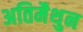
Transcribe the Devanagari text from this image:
अतिमैथुन